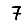
Digit: 7